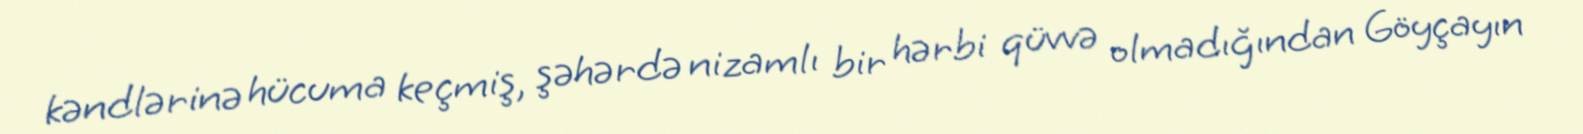
kəndlərinə hücuma keçmiş, şəhərdə nizamlı bir hərbi qüvvə olmadığından Göyçayın